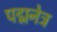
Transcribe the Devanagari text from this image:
पद्मनेत्र